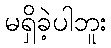
မရှိခဲ့ပါဘူး